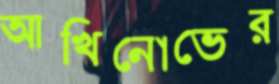
আখিনোভের